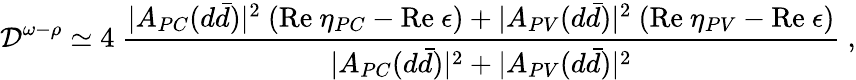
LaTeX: {\cal D}^{\omega-\rho}\simeq 4~\frac{|A_{PC}(d\bar{d})|^{2}~(\mathrm{Re}~\eta_{PC}-\mathrm{Re}~\epsilon)+|A_{PV}(d\bar{d})|^{2}~(\mathrm{Re}~\eta_{PV}-\mathrm{Re}~\epsilon)}{|A_{PC}(d\bar{d})|^{2}+|A_{PV}(d\bar{d})|^{2}}~,